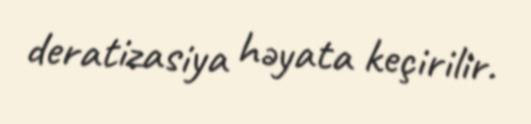
deratizasiya həyata keçirilir.